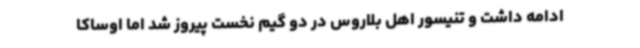
ادامه داشت و تنیسور اهل بلاروس در دو گیم نخست پیروز شد اما اوساکا